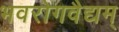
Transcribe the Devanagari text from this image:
भवरोगवैद्यम्